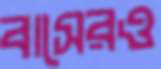
বাসেরও